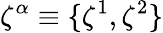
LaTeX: \zeta^{\alpha}\equiv\{ \zeta^{1},\zeta^{2}\}